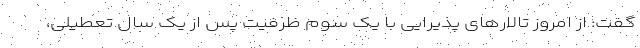
گفت: از امروز تالار‌های پذیرایی با یک سوم ظرفیت پس از یک سال تعطیلی،